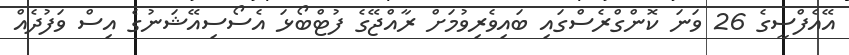
އޭއެފްސީގެ 26 ވަނަ ކޮންގްރެސްގައި ބައިވެރިވުމަށް ރާއްޖޭގެ ފުޓްބޯޅަ އެސޯސިއޭޝަނުގެ އިސް ވަފުދެއް